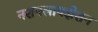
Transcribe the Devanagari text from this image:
नशनलायझेशन